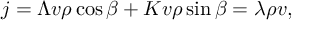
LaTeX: j = \Lambda v \rho \cos { \beta } + K v \rho \sin { \beta } = \lambda \rho v ,